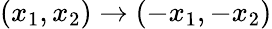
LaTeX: (x_{1},x_{2})\to(-x_{1},-x_{2})